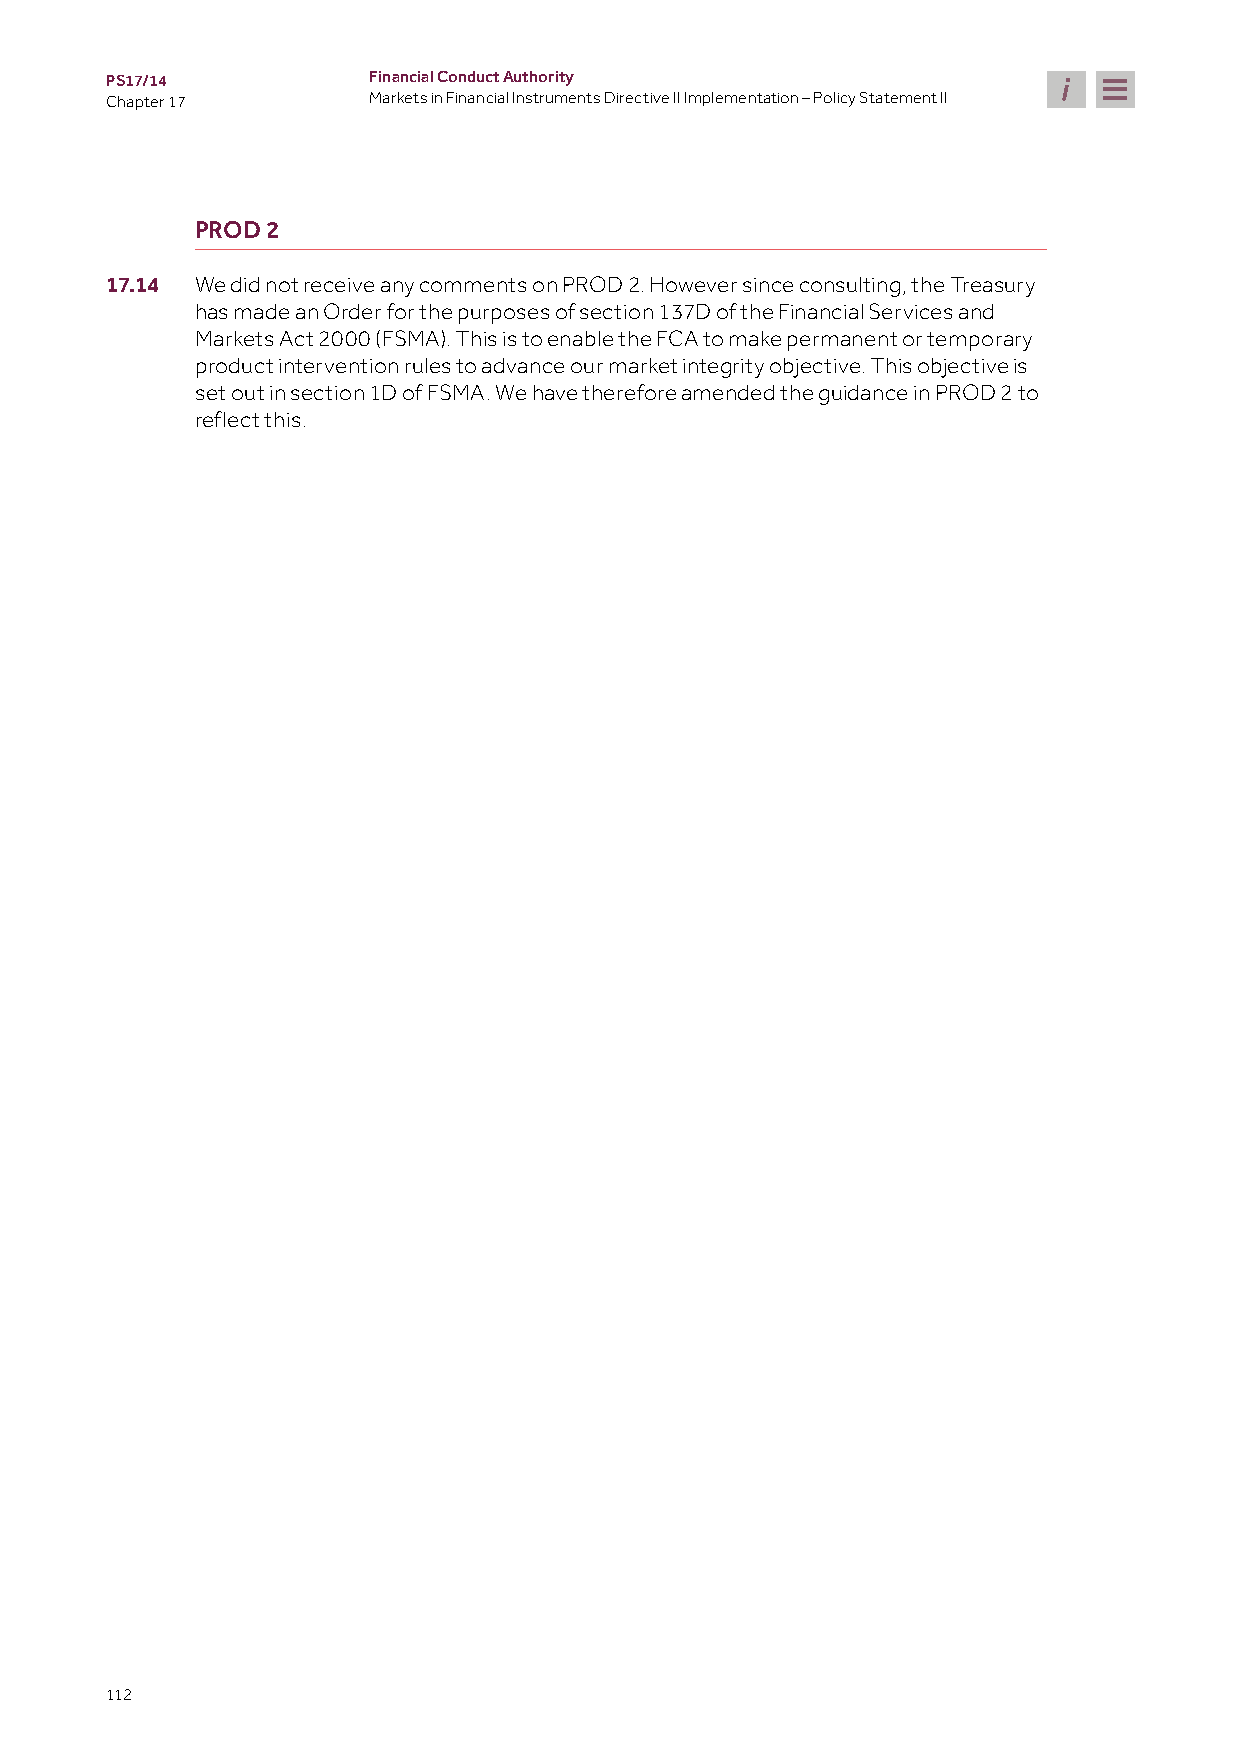
PS17/14          Financial Conduct Authority
 Chapter 17       Markets in Financial Instruments Directive II Implementation – Policy Statement II
 PROD 2
 17.14 We did not receive any comments on PROD 2. However since consulting, the Treasury
 has made an Order for the purposes of section 137D of the Financial Services and
 Markets Act 2000 (FSMA). This is to enable the FCA to make permanent or temporary
 product intervention rules to advance our market integrity objective. This objective is
 set out in section 1D of FSMA. We have therefore amended the guidance in PROD 2 to
 reflect this.
 112